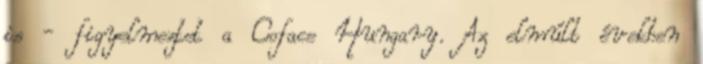
is - figyelmeztet a Coface Hungary. Az elmúlt években